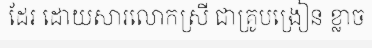
ដែរ ដោយសារលោកស្រី ជាគ្រូបង្រៀន ខ្លាច